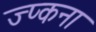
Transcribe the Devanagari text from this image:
ज्प्कना